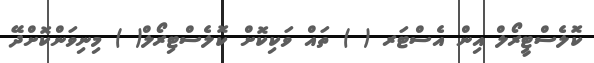
ކޮލެސްޓީރޯލް އިން އެސްޓަރ ( ) ތައް ވަކިކޮށް ކޮލެސްޓިރޯލް( ) މިނިވަންކޮށްދޭ